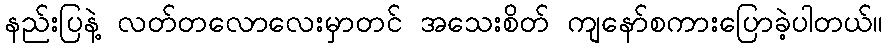
နည်းပြနဲ့ လတ်တလောလေးမှာတင် အသေးစိတ် ကျနော်စကားပြောခဲ့ပါတယ်။